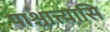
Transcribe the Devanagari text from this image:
पाश्चात्त्यासि